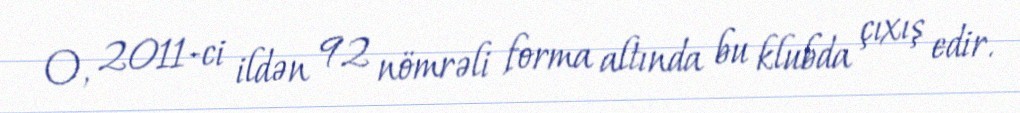
O, 2011-ci ildən 92 nömrəli forma altında bu klubda çıxış edir.